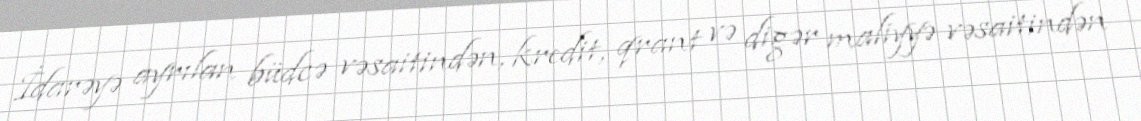
İdarəyə ayrılan büdcə vəsaitindən, kredit, qrant və digər maliyyə vəsaitindən